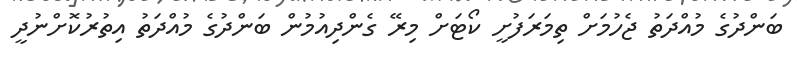
ބަންދުގެ މުއްދަތު ޖެހުމަށް ތިމަރަފުށީ ކޯޓަށް މިރޭ ގެންދިއުމުން ބަންދުގެ މުއްދަތު އިތުރުކޮށްނުދީ